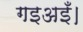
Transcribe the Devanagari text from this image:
गइअइँ।